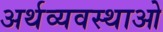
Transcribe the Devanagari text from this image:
अर्थव्यवस्थाओ